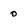
Character: 0